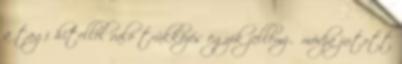
a tagi hitellel való trükközés egyik jellemző módja jutott